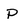
Character: P